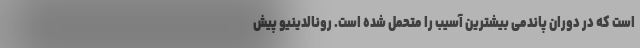
است که در دوران پاندمی بیشترین آسیب را متحمل شده است. رونالدینیو پیش